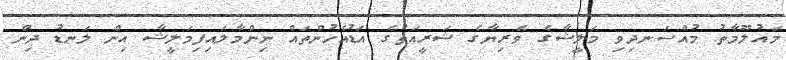
މައުލޫމާތު މުއްސަނދިވި މަލީޝާގެ ވެރިޔާގެ ޝަރީއަތުގެ އަޑުއެހުންތައް ނިންމާލައިފިމަލީޝާ އިން ލަނޑު ދިން